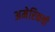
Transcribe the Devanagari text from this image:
अमेरिकची